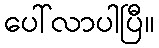
ပေါ်လာပါပြီ။